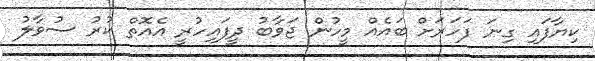
ކިޔާފައި ގިނަ ފަހަރަށް ބައެއް މީހުން ޖަވާބު ދީފައިހުރީ އެއޮތް ކުރު ސުވާލު